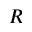
R